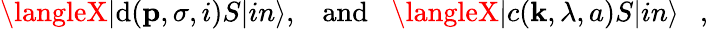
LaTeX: \langleX|\mathrm{d}({\mathbf{p}},\sigma,i)S|in\rangle,\; \; \; \mathrm{{an\mathrm{d}}}\; \; \; \langleX|c({\mathbf{k}},\lambda,a)S|in\rangle~~~,